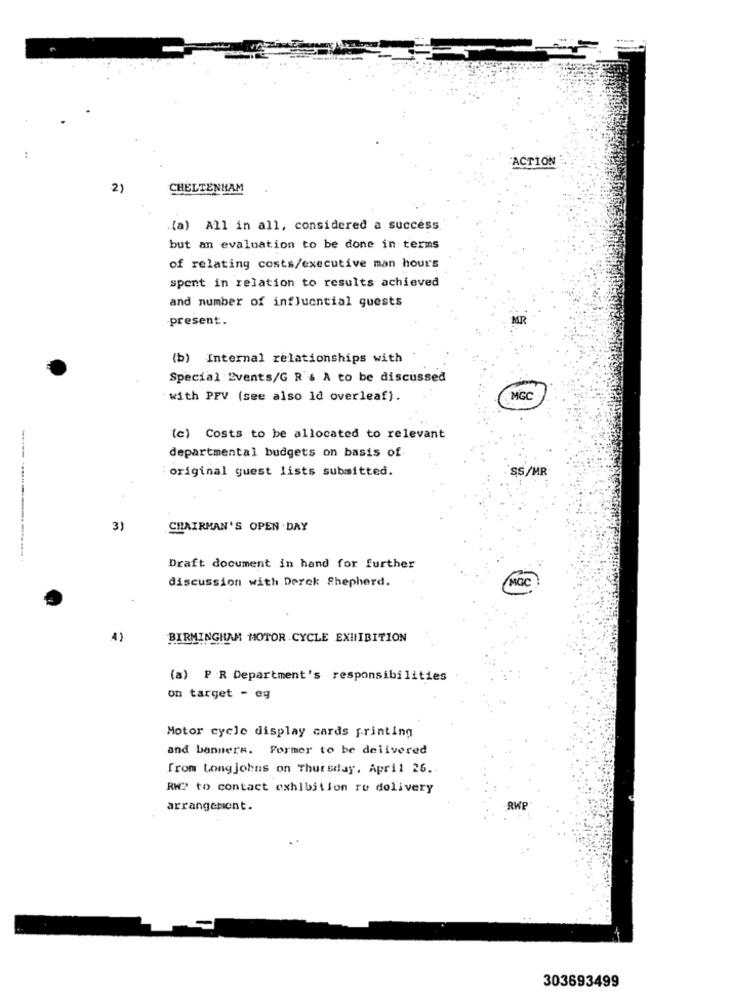
:
ACTION
2)
CHELTENHAM
(a) All in all, considered a success
but an evaluation to be done in terms
of relating costs/executive man hours
spent in relation to results achieved
and number of influential quests
present.
(b) Internal relationships with
Special Events/G R'& A to be discussed
with PFV (see also Id overleaf).
MGC
(c) Costs to be allocated to relevant
departmental budgets on basis of
:original guest lists submitted.
SS/MR
3)
CHAIRMAN'S OPEN . DAY
Draft document in hand for further
discussion with Derek Shepherd.
MOC
4)
BIRMINGHAM MOTOR CYCLE EXHIBITION
(a) PR Department's responsibilities
on target - eg
Motor cycle display cards printing
and banners. Former to be delivered
from Long johns on Thursday, April 26.
RW? to contact exhibition re delivery
arrangement.
303693499